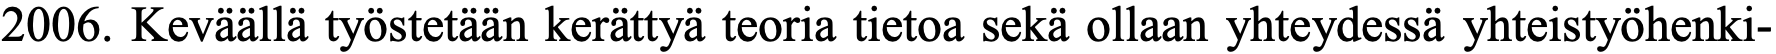
2006. Keväällä työstetään kerättyä teoria tietoa sekä ollaan yhteydessä yhteistyöhenki-